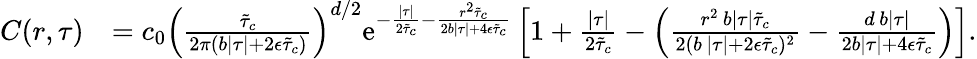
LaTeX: \begin{array}{rl}{C(r,\tau)}&{=c_{0}\left(\frac{\tilde{\tau}_{c}}{2\pi\left(b\lvert\tau\rvert+2\epsilon\tilde{\tau}_{c}\right)}\right)^{d/2}\mathrm{e}^{-\frac{\lvert\tau\rvert}{2\tilde{\tau}_{c}}-\frac{r^{2}\tilde{\tau}_{c}}{2b\lvert\tau\rvert+4\epsilon\tilde{\tau}_{c}}}\left[1+\frac{\lvert\tau\rvert}{2\tilde{\tau}_{c}}-\left(\frac{r^{2}\, b\lvert\tau\rvert\tilde{\tau}_{c}}{2(b\, \lvert\tau\rvert+2\epsilon\tilde{\tau}_{c})^{2}}-\frac{d\, b\lvert\tau\rvert}{2b\lvert\tau\rvert+4\epsilon\tilde{\tau}_{c}}\right)\right].}\end{array}